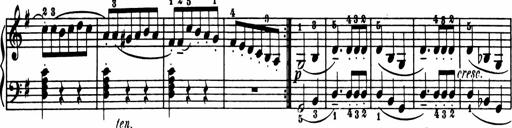
Title: Sonatina in G major
Composer: Friedrich Kuhlau
Key: G major